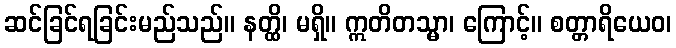
ဆင်ခြင်ရခြင်းမည်သည်။ နတ္ထိ၊ မရှိ။ ဣတိတသ္မာ၊ ကြောင့်။ စတ္တာရိယေဝ၊